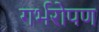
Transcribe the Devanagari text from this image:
गर्भरोपण